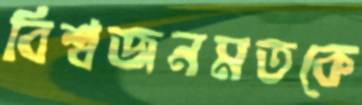
বিশ্বজনমতকে